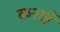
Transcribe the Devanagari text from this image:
कराहें